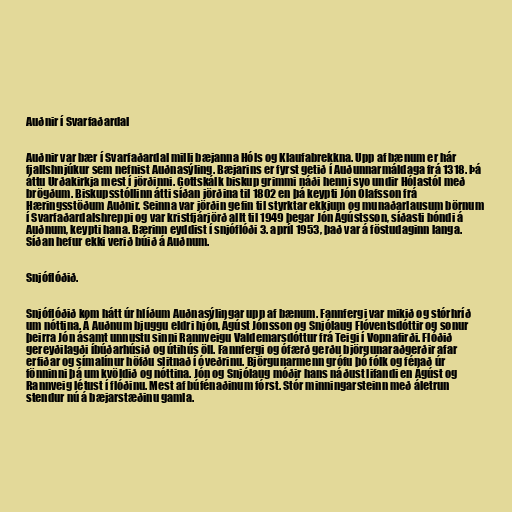
Auðnir í Svarfaðardal

Auðnir var bær í Svarfaðardal milli bæjanna Hóls og Klaufabrekkna. Upp af bænum er hár
fjallshnjúkur sem nefnist Auðnasýling. Bæjarins er fyrst getið í Auðunnarmáldaga frá 1318. Þá
áttu Urðakirkja mest í jörðinni. Gottskálk biskup grimmi náði henni svo undir Hólastól með
brögðum. Biskupsstóllinn átti síðan jörðina til 1802 en þá keypti Jón Ólafsson frá
Hæringsstöðum Auðnir. Seinna var jörðin gefin til styrktar ekkjum og munaðarlausum börnum
í Svarfaðardalshreppi og var kristfjárjörð allt til 1949 þegar Jón Ágústsson, síðasti bóndi á
Auðnum, keypti hana. Bærinn eyddist í snjóflóði 3. apríl 1953, það var á föstudaginn langa.
Síðan hefur ekki verið búið á Auðnum.

Snjóflóðið.

Snjóflóðið kom hátt úr hlíðum Auðnasýlingar upp af bænum. Fannfergi var mikið og stórhríð
um nóttina. Á Auðnum bjuggu eldri hjón, Ágúst Jónsson og Snjólaug Flóventsdóttir og sonur
þeirra Jón ásamt unnustu sinni Rannveigu Valdemarsdóttur frá Teigi í Vopnafirði. Flóðið
gereyðilagði íbúðarhúsið og útihús öll. Fannfergi og ófærð gerðu björgunaraðgerðir afar
erfiðar og símalínur höfðu slitnað í óveðrinu. Björgunarmenn grófu þó fólk og fénað úr
fönninni þá um kvöldið og nóttina. Jón og Snjólaug móðir hans náðust lifandi en Ágúst og
Rannveig létust í flóðinu. Mest af búfénaðinum fórst. Stór minningarsteinn með áletrun
stendur nú á bæjarstæðinu gamla.